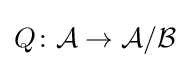
Q\colon {\mathcal {A}}\to {\mathcal {A}}/{\mathcal {B}}